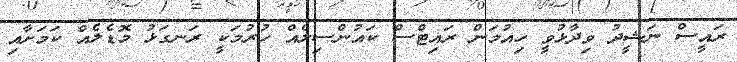
ރައީސް ނަޝީދު ވިދާޅުވީ ހިއުމަން ރައިޓްސް ކައުންސިލެއް ހުރުމަކީ ރަނގަޅު މޮޑެލެއް ކަމަށާއި